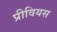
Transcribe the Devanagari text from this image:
प्रीवियस